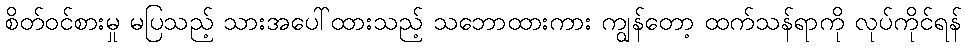
စိတ်ဝင်စားမှု မပြသည့် သားအပေါ်ထားသည့် သဘောထားကား ကျွန်တော့ ထက်သန်ရာကို လုပ်ကိုင်ရန်